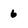
Character: 6